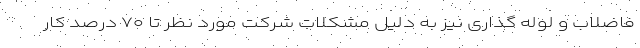
فاضلاب و لوله گذاری نیز به دلیل مشکلات شرکت مورد نظر تا ۷۰ درصد کار